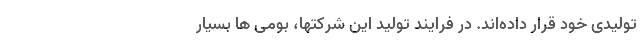
تولیدی خود قرار داده­اند. در فرایند تولید این شرکتها، بومی ها بسیار